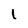
Character: L